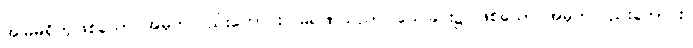
အမြဲမရှိဟုဖြစ်သော အမှတ်လည်းကောင်း။ မရဏသညာ၊ သေခြင်း၌ုဖြစ်သော အမှတ်လည်းကောင်း။